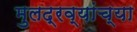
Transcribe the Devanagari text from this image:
मुलद्रव्यांच्या